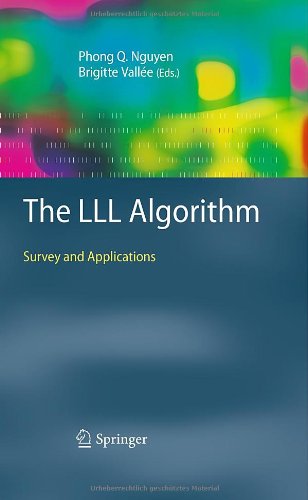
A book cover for The LLL Algorithm: Survey and Applications (Information Security and Cryptography); Computers & Technology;